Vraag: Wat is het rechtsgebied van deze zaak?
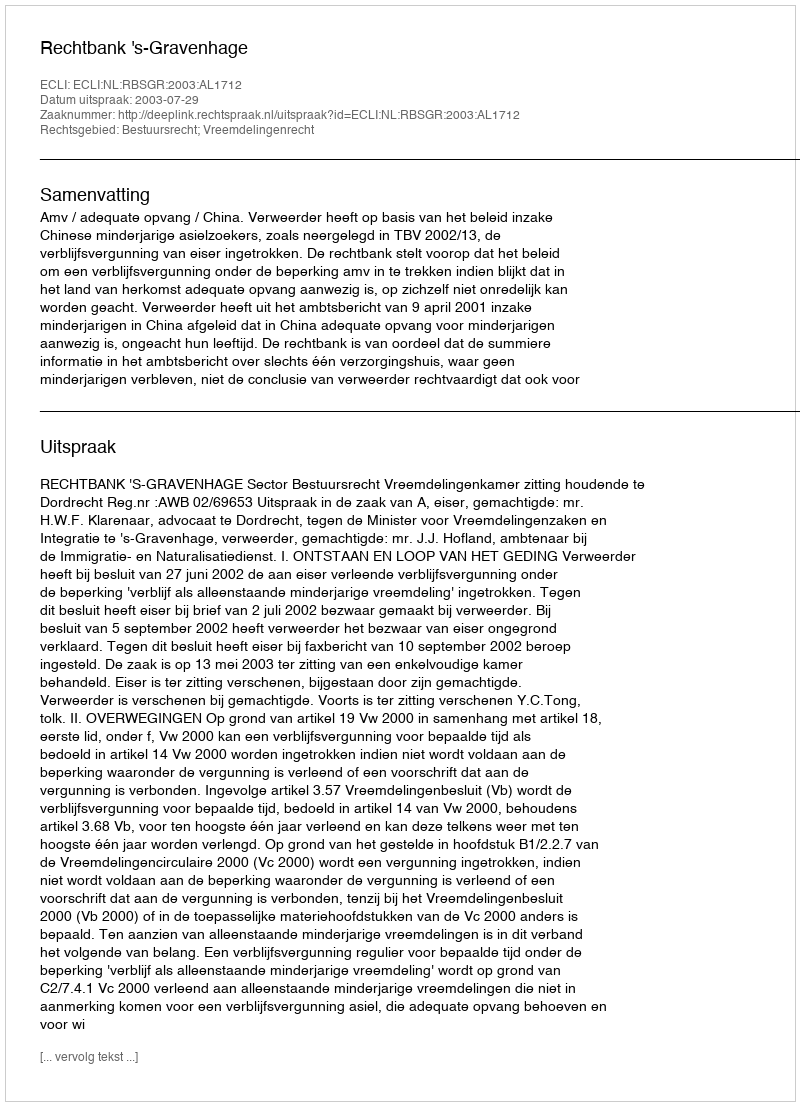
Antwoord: Bestuursrecht; Vreemdelingenrecht